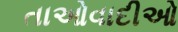
તાઓવાદીઓ